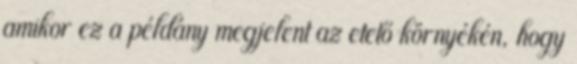
amikor ez a példány megjelent az etető környékén, hogy